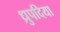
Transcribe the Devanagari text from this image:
ध्रुपदिया